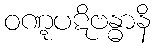
ဝဏ္ဋပဋိဗန္ဓာနိ